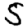
Digit: 5